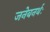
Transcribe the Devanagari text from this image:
जनेबनर्थः